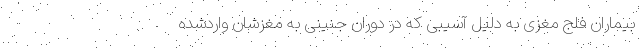
بیماران فلج مغزی به دلیل آسیبی که در دوران جنینی به مغزشان واردشده